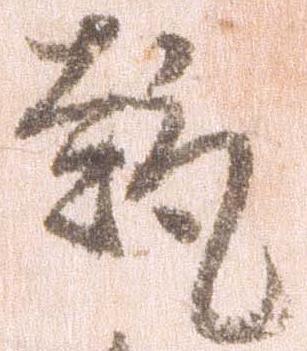
趣